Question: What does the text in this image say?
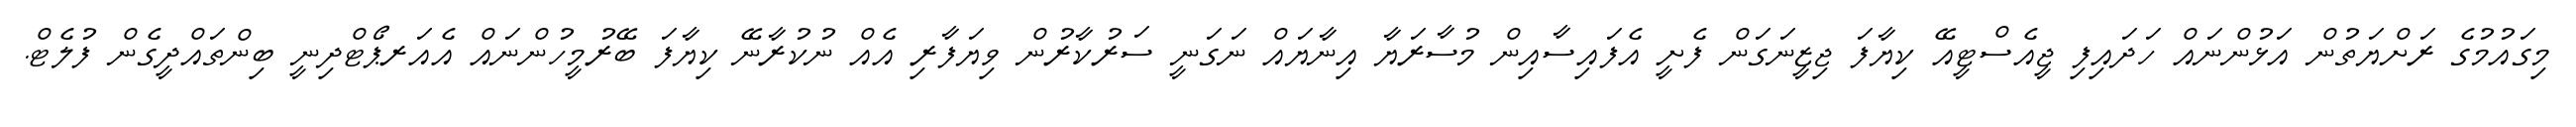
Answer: މިގައުމުގެ ރަށްޔަތުން އަޅުންނައް ހަދައިފި ޖީއެސްޓީއޭ ކިޔާފަ ޖިޒީނަގަން ފެށީ އެފައިސާއިން މުސާރަޔާ އިނާޔައް ނަގަނީ ސަރުކާރުން ވިޔަފާރި އެއް ނުކުރާނޭ ކިޔާފަ ބޭރުމީހުންނައް އެއަރޕޯޓްދިނީ ބިންތައްދީގެން ފުލެޓް.